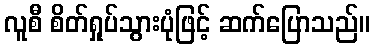
လူစီ စိတ်ရှုပ်သွားပုံဖြင့် ဆက်ပြောသည်။